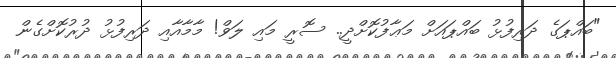
"ބައްޕަގެ ދަރިފުޅު ބައްޕައަށް މަޢާފުކޮށްދީ.. ސޮރީ މައި ލަވް! މާމާއާއި ދަރިފުޅު ދުރުކޮށްގެން